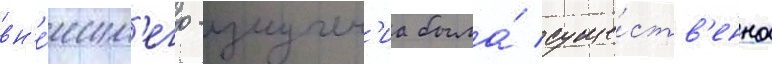
вн'е́шн'его -излучен'иа была́ суще́ств'енна